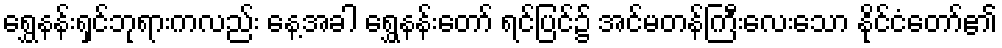
ရွှေနန်းရှင်ဘုရားကလည်း နေ့အခါ ရွှေနန်းတော် ရင်ပြင်၌ အင်မတန်ကြီးလေးသော နိုင်ငံတော်၏